Civil Veterinary Department. Central Provinces & Berar 1932-41 - 1932-1941
Year: 1932
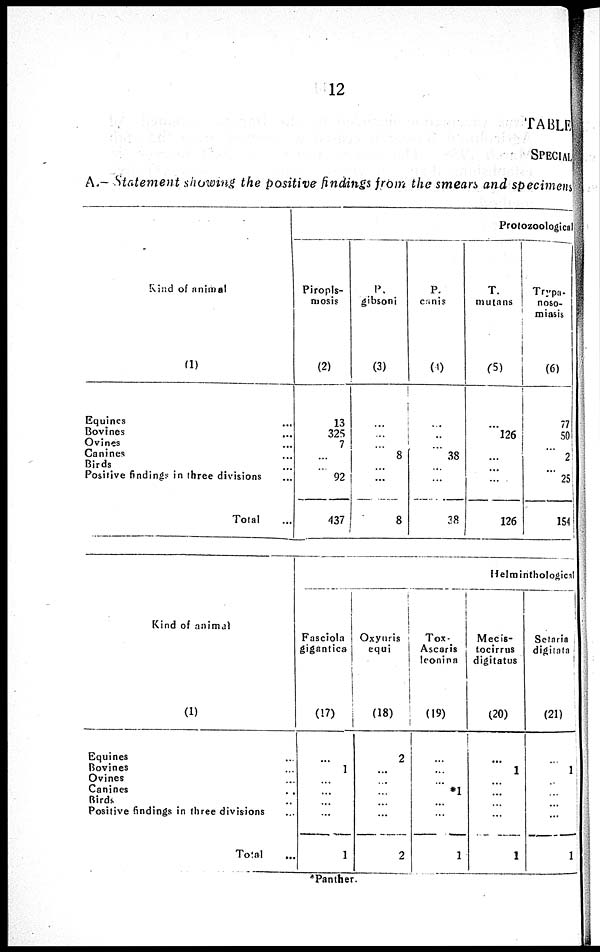
12
TABLE
SPECIAL
A.- Statement showing the positive findings from the smears and specimens
Kind of animal
(1)
Equines ...
Bovines ...
Ovines ...
Canines ...
Birds ...
Positive findings in three divisions ...
Total ...
Protozoological
Piropls-
mosis
(2)
13
325
7
...
...
92
437
P.
gibsoni
(3)
...
...
... 8
...
...
8
P.
canis
(4)
...
...
...
38
...
...
38
T.
mutans
(5)
...
126
...
...
...
...
126
Trypa-
noso-
miasis
(6)
77
50
...
2
...
25
154
Kind of animal
(1)
Equines ...
Bovines ...
Ovines ...
Canines ...
Birds ...
Positive findings in three divisions ...
Total
...
Helminthological
Fasciola
gigantica
(17)
...
1
...
...
...
...
1
Oxyuris
equi
(18)
2
...
...
...
...
...
2
Tox-
Ascaris
leonina
(19)
...
...
...
*1
...
...
1
Mecis-
tocirrus
digitatus
(20)
...
1
...
...
...
...
1
Setaria
digitata
(21)
...
1
...
...
...
...
1
*Panther.